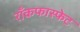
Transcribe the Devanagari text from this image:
राँकफास्फेट